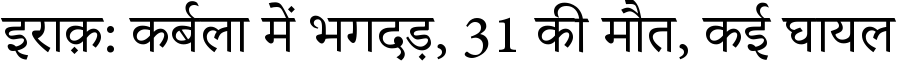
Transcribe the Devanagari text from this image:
इराक़: कर्बला में भगदड़, 31 की मौत, कई घायल